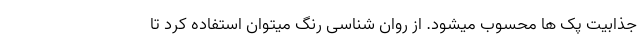
جذابیت پک ها محسوب میشود. از روان شناسی رنگ میتوان استفاده کرد تا